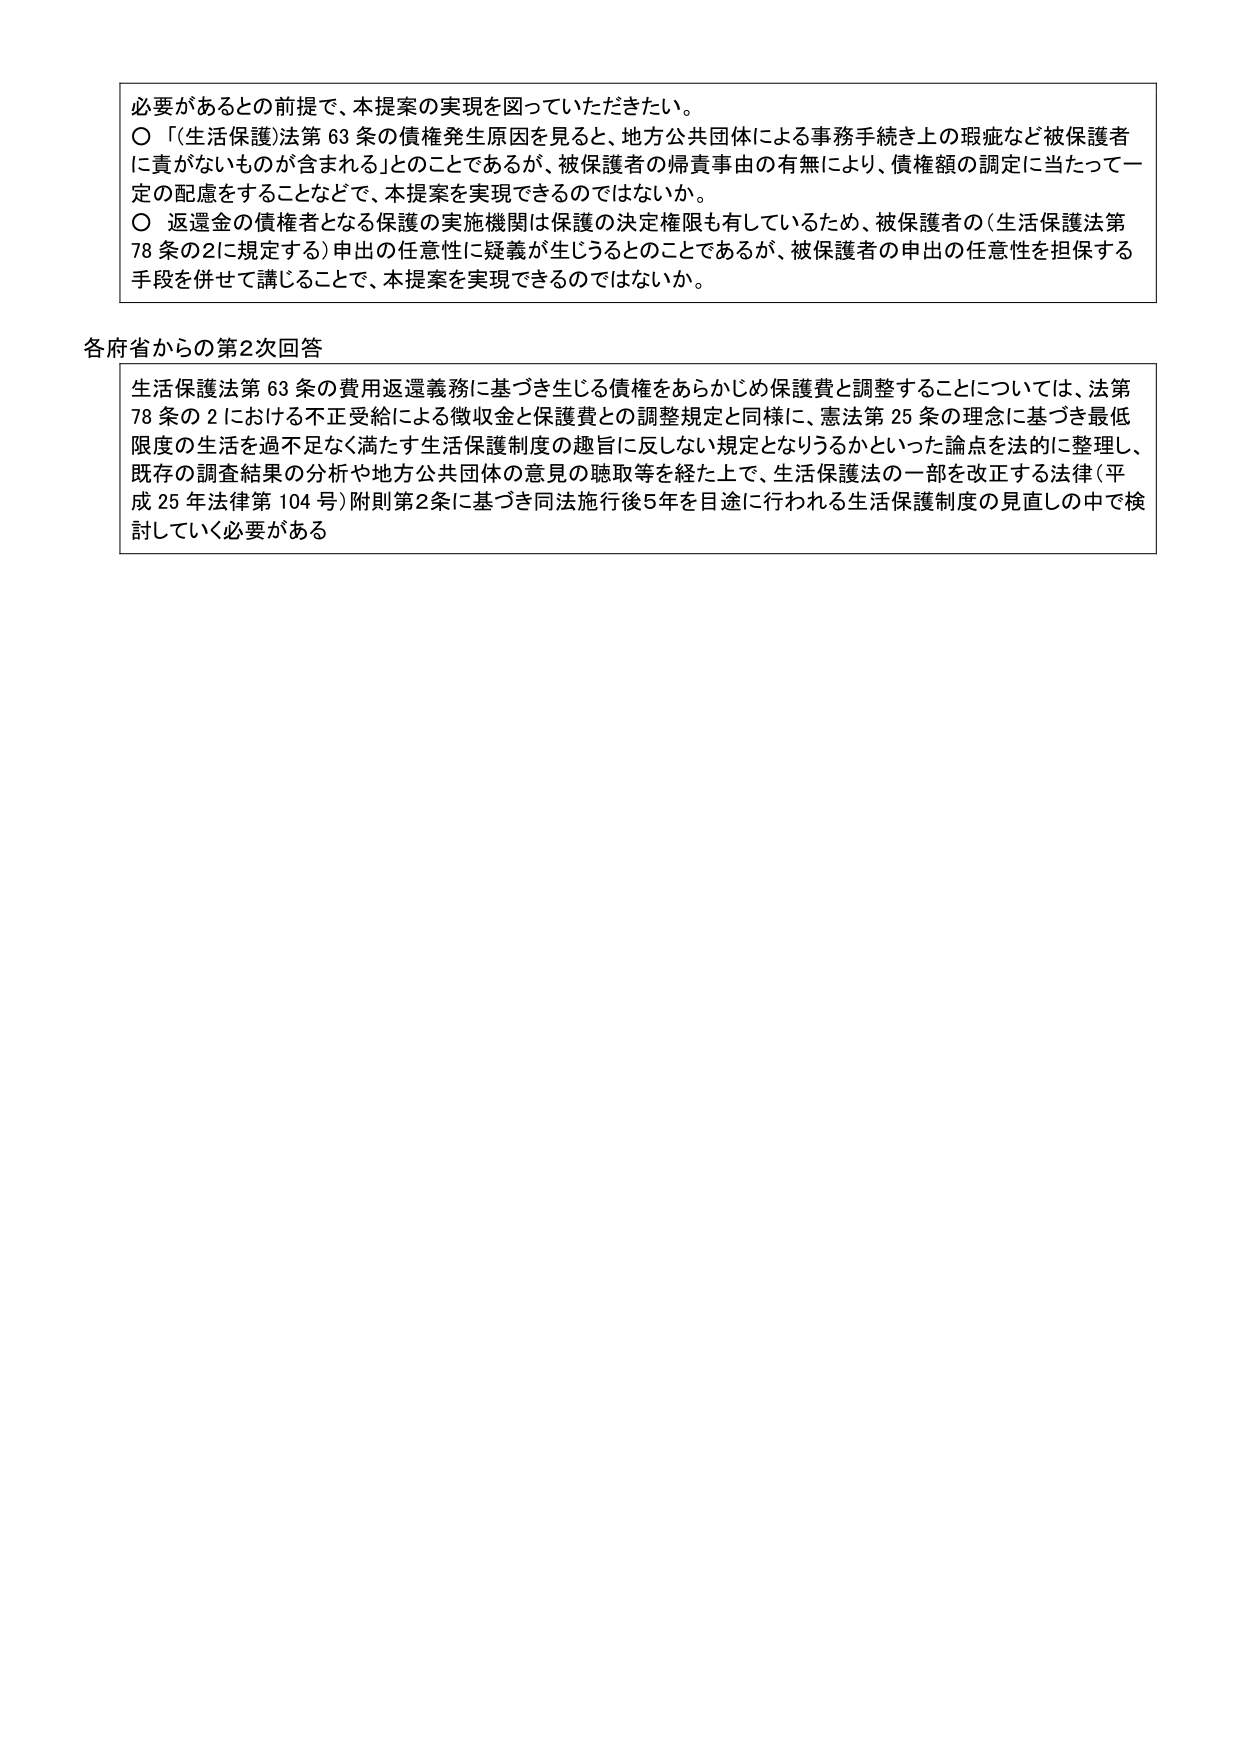
必要があるとの前提で、本提案の実現を図っていただきたい。
〇「(生活保護)法第63条の債権発生原因を見ると、地方公共団体による事務手続き上の瑕疵など被保護者に責がないものが含まれる」とのことであるが、被保護者の帰責事由の有無により、債権額の調定に当たって一定の配慮をするこ となどで、本提案を実現できるのではないか。
〇 返還金の債権者となる保護の実施機関は保護の決定権限も有しているため、被保護者の(生活保護法第78条の2に規定する)申出の任意性に疑義が生じうるとのことであるが、被保護者の申出の任意性を担保する手段を併せて講じることで、本提案を実現できるのではないか。

各府省からの第2次回答
生活保護法第63条の費用返還義務に基づき生じる債権をあらかじめ保護費と調整することについては、法第78条の2における不正受給による徴収金と保護費との調整規定と同様に、憲法第25条の理念に基づき最低限度の生活を過不足なく満たす生活保護制度の趣旨に反しない規定となりうるかといった論点を法的に整理し、既存の調査結果の分析や地方公共団体の意見の聴取等を経た上で、生活保護法の一部を改正する法律(平成25年法律第104号)附則第2条に基づき同法施行後5年を目途に行われる生活保護制度の見直しの中で検討していく必要がある